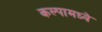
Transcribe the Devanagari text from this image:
कल्पामध्ये